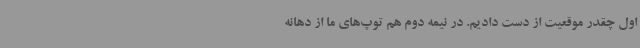
اول چقدر موقعیت از دست دادیم. در نیمه دوم هم توپ‌های ما از دهانه